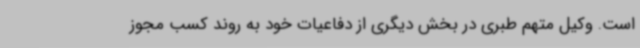
است. وکیل متهم طبری در بخش دیگری از دفاعیات خود به روند کسب مجوز